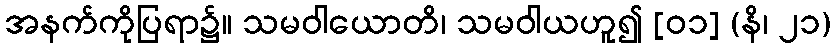
အနက်ကိုပြရာ၌။ သမဝါယောတိ၊ သမဝါယဟူ၍ [၀၁] (နိ၊ ၂၁)